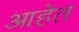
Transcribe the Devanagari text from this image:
आहेेत